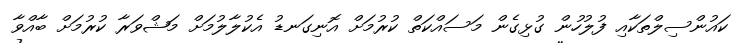
ކައުންސިލްތަކާއި ފުލުހުން ގުޅިގެން މަސައްކަތް ކުރުމަށް އޮނިގަނޑު އެކުލާލުމަށް މަޝްވަރާ ކުރުމަށް ބާއްވާ